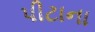
પીટાના